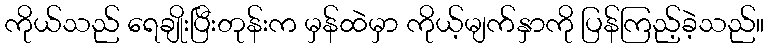
ကိုယ်သည် ရေချိုးပြီးတုန်းက မှန်ထဲမှာ ကိုယ့်မျက်နှာကို ပြန်ကြည့်ခဲ့သည်။